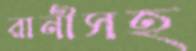
রানীসহ